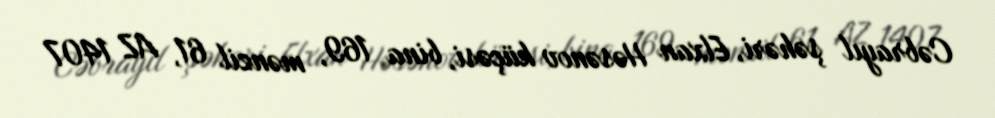
Cəbrayıl şəhəri, Elxan Həsənov küçəsi, bina 169, mənzil 61, AZ 1407